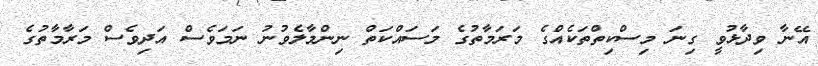
އޭނާ ވިދާޅުވީ ގިނަ މިސްކިތްތަކެއްގެ މަރަމާތުގެ މަސައްކަތް ނިންމާލެވުނު ނަމަވެސް އަދިވެސް މަރާމާތުގެ